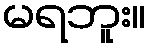
မရဘူး။